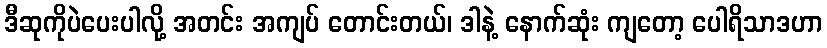
ဒီဆုကိုပဲပေးပါလို့ အတင်း အကျပ် တောင်းတယ်၊ ဒါနဲ့ နောက်ဆုံး ကျတော့ ပေါရိသာဒဟာ